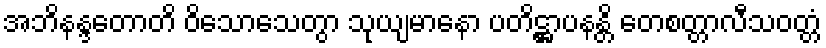
အဘိနန္ဒတောတိ ဝိသောသေတွာ သုယျမာနော ပတိဋ္ဌာပနန္တိ တေစတ္တာလီသဝတ္တံ